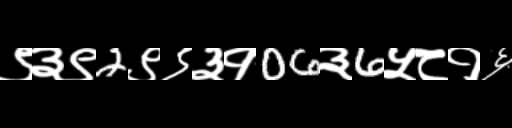
Text: ९३९2९९३१06३6५८१६